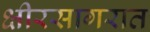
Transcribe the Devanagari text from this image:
क्षीरसागरात